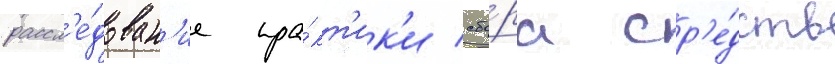
рассл'е́дован'ие пра́кт'ик'и сбо́ра ср'е́дств